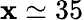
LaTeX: \mathbf{x}\simeq35